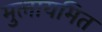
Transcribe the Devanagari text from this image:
मुलायमित